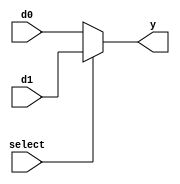
module tutorial6 #(parameter width = 5)(
    input [width-1:0] d0,
    input [width-1:0] d1,
    input select,
    output [width-1:0] y
);

assign y = select ? d1 : d0;

endmodule

//2x1 multiplexer
//select = 0 ise y = d0 olur
//select = 1 ise y = d1 olur

//assign y = s ? d1 : d0
//select doruysa y = d1
//select yanlsa y = d0